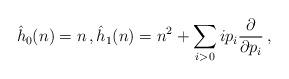
LaTeX: \begin{align*}{\hat h}_0(n) = n\,,{\hat h}_1(n) = n^2 + \sum_{i>0} ip_i\frac{\partial}{\partial p_i}\,,\end{align*}